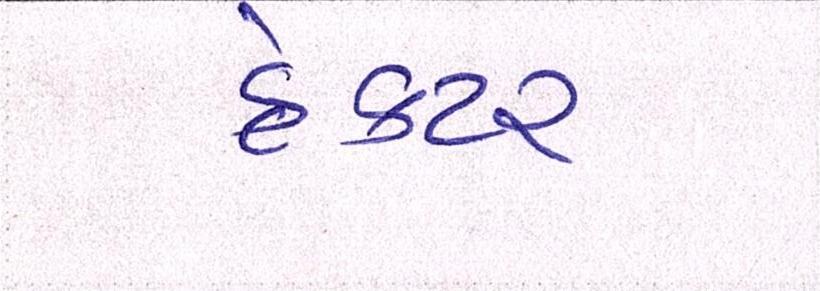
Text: હેક્ટર